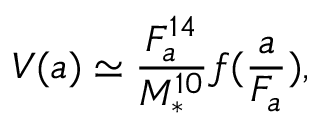
V ( a ) \simeq \frac { F _ { a } ^ { 1 4 } } { M _ { * } ^ { 1 0 } } f ( \frac { a } { F _ { a } } ) ,